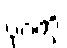
ပုဂံကို